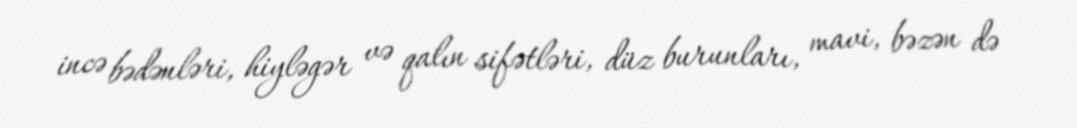
incə bədənləri, hiyləgər və qalın sifətləri, düz burunları, mavi, bəzən də